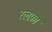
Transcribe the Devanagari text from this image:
रलफ़ा